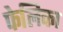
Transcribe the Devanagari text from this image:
फेलिका